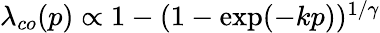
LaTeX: \begin{array}{r}{\lambda_{co}(p)\propto 1-(1-\exp(-kp))^{1/\gamma}}\end{array}